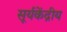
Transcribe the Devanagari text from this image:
सूर्यकेंद्रीय